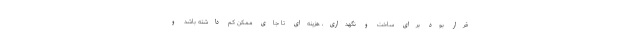
قرار بود برای ساخت و نگهداری، هزینه‌ای تا جای ممکن کم داشته باشد و